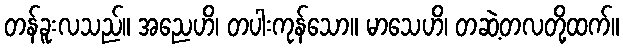
တန်ခူးလသည်။ အညေဟိ၊ တပါးကုန်သော။ မာသေဟိ၊ တဆဲ့တလတို့ထက်။